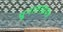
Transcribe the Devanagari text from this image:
पूनाताम्रपत्र